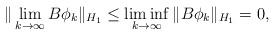
LaTeX: \begin{align*} \Vert \lim_{k\to \infty } B \phi_k \Vert_{H_1} \le \liminf_{k \rightarrow \infty} \Vert B \phi_k \Vert_{H_1} =0, \end{align*}